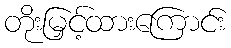
တိုးမြှင့်ထားကြောင်း